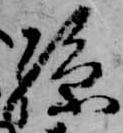
孫